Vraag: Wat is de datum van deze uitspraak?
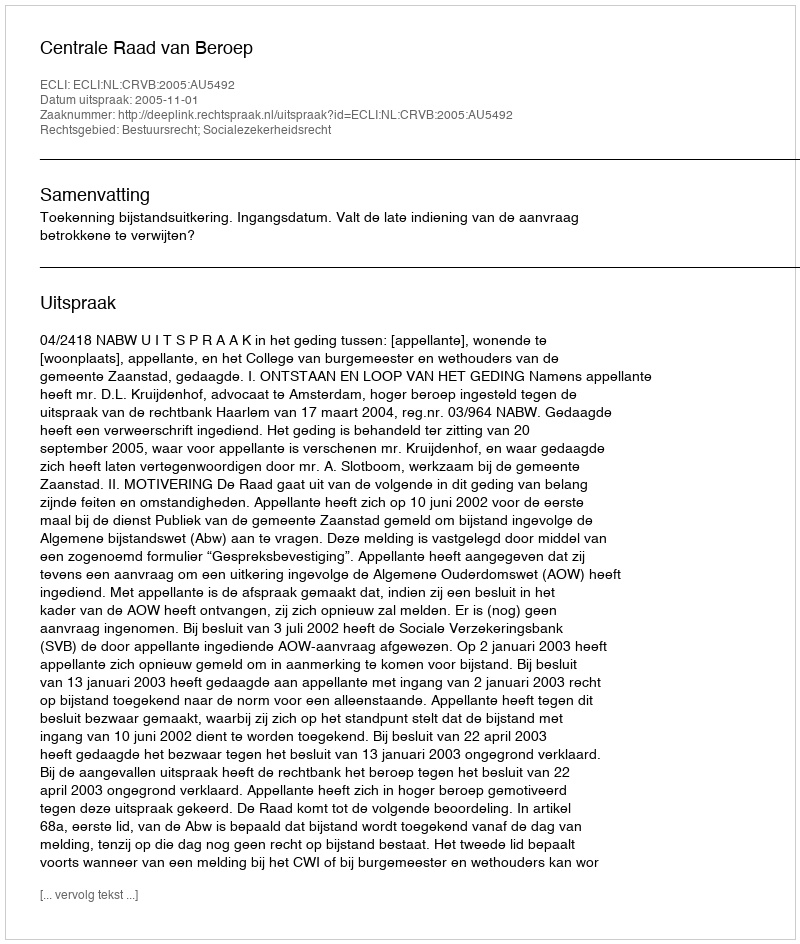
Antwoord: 2005-11-01